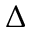
\Delta